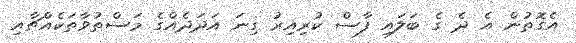
އެގޮތުން އެ ދެ ގެ ބަލައި ފާސް ކުރިއިރު ގިނަ އަދަދެއްގެ މަސްތުވާތަކެއްޗާއި